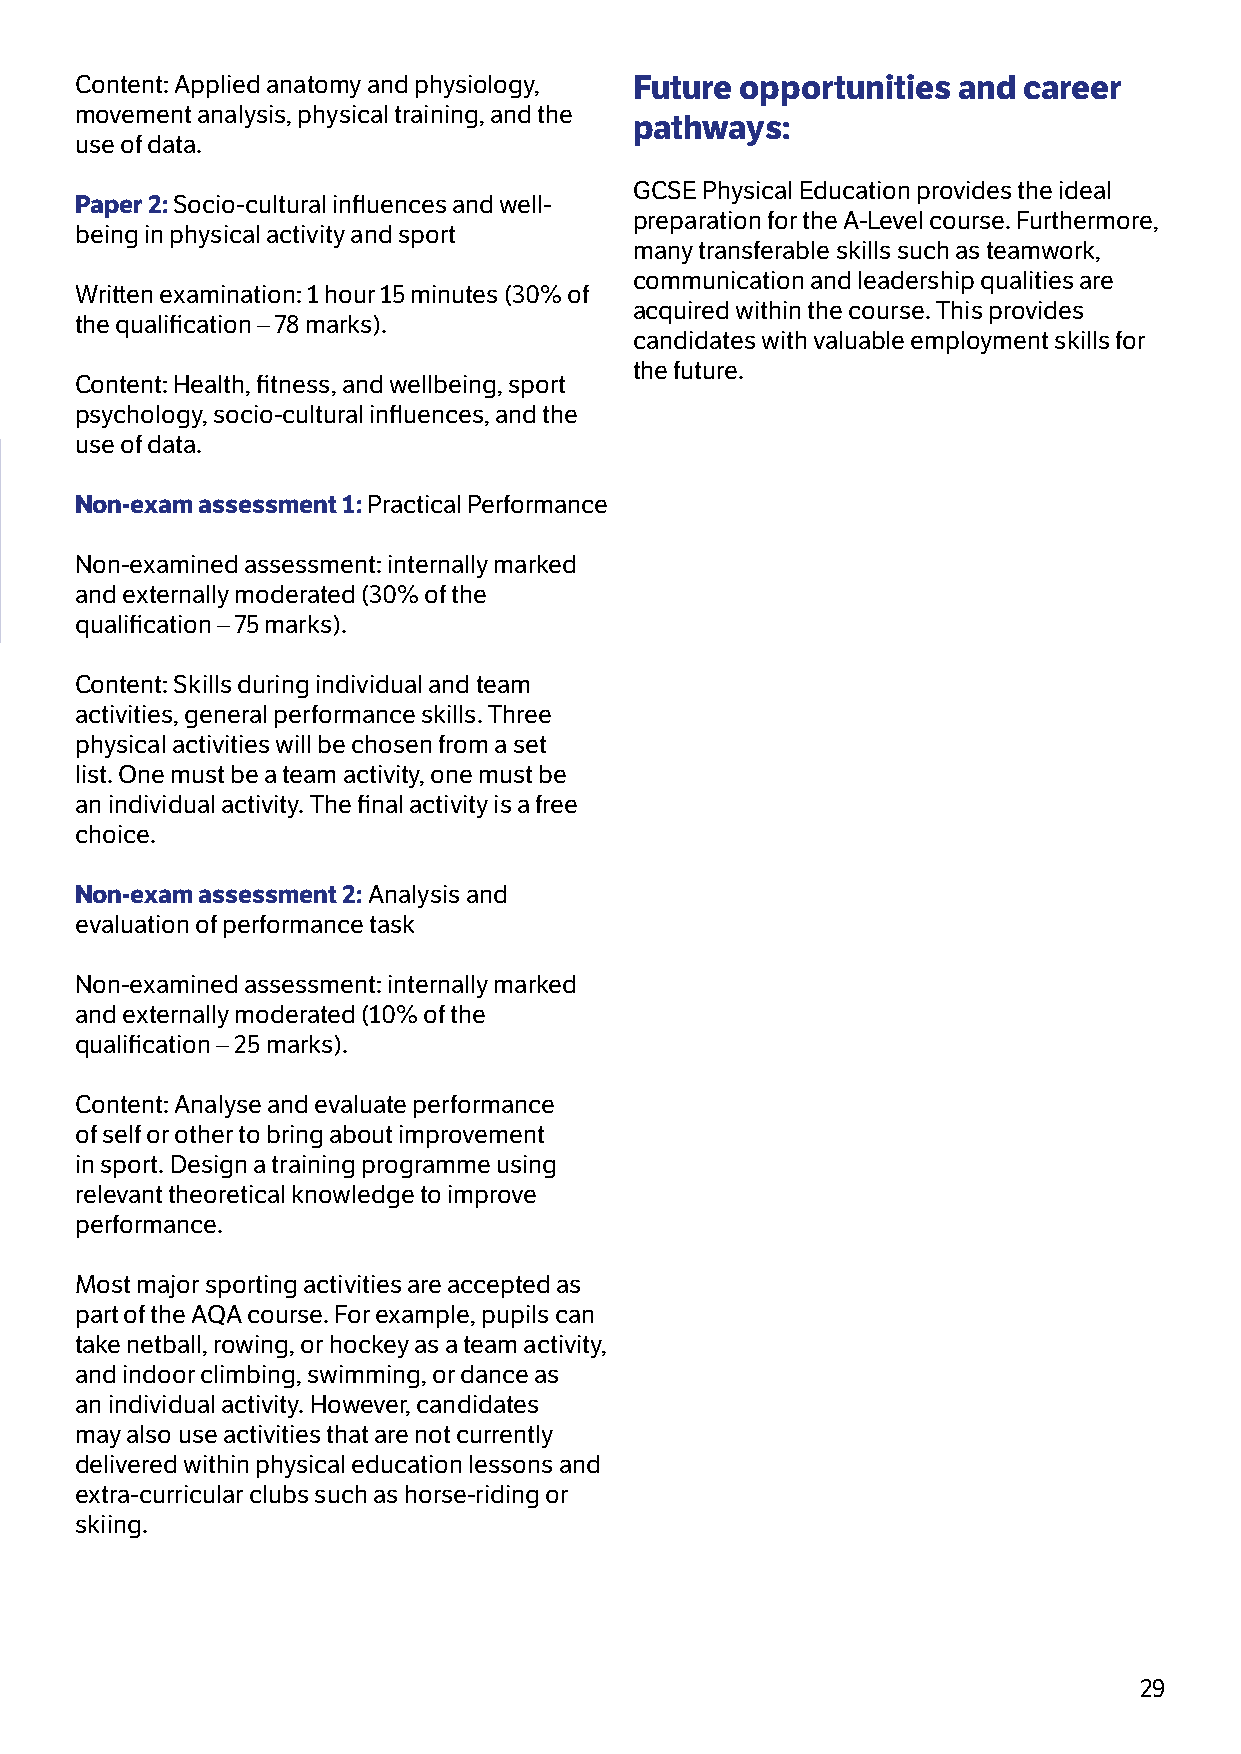
Content: Applied anatomy and physiology, Future opportunities and career
 movement analysis, physical training, and the
 pathways:
 use of data.
 GCSE Physical Education provides the ideal
 Paper 2: Socio-cultural influences and well-
 preparation for the A-Level course. Furthermore,
 being in physical activity and sport
 many transferable skills such as teamwork,
 communication and leadership qualities are
 Written examination: 1 hour 15 minutes (30% of
 acquired within the course. This provides
 the qualification – 78 marks).
 candidates with valuable employment skills for
 the future.
 Content: Health, fitness, and wellbeing, sport
 psychology, socio-cultural influences, and the
 use of data.
 Non-exam assessment 1: Practical Performance
 Non-examined assessment: internally marked
 and externally moderated (30% of the
 qualification – 75 marks).
 Content: Skills during individual and team
 activities, general performance skills. Three
 physical activities will be chosen from a set
 list. One must be a team activity, one must be
 an individual activity. The final activity is a free
 choice.
 Non-exam assessment 2: Analysis and
 evaluation of performance task
 Non-examined assessment: internally marked
 and externally moderated (10% of the
 qualification – 25 marks).
 Content: Analyse and evaluate performance
 of self or other to bring about improvement
 in sport. Design a training programme using
 relevant theoretical knowledge to improve
 performance.
 Most major sporting activities are accepted as
 part of the AQA course. For example, pupils can
 take netball, rowing, or hockey as a team activity,
 and indoor climbing, swimming, or dance as
 an individual activity. However, candidates
 may also use activities that are not currently
 delivered within physical education lessons and
 extra-curricular clubs such as horse-riding or
 skiing.
 29